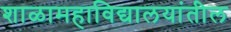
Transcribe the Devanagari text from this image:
शाळामहाविद्यालयांतील